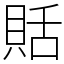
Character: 𧵳